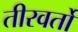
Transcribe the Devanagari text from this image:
तीरवर्तो